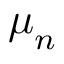
{ \boldsymbol { \mu } } _ { n }